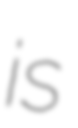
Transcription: is